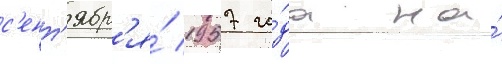
с'ент'ябр'я́ 1957 го́да на́